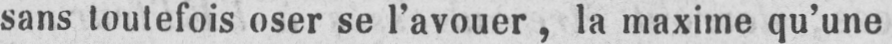
sans toutefois oser se l’avouer, la maxime qu’une